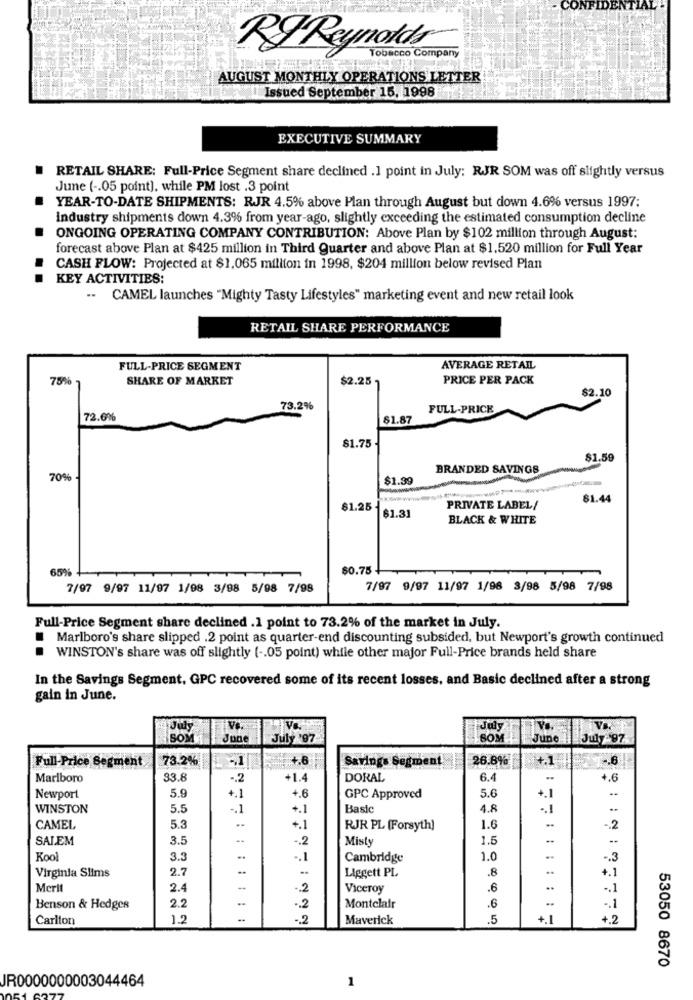
CONFIDENTIAL
RI Reynolds
Tobacco Company
AUGUST MONTHLY OPERATIONS LETTER
Issued September 15, 1998
EXECUTIVE SUMMARY
RETAIL SHARE: Full-Price Segment share declined .1 point in July; RJR SOM was off slightly versus
June ( -. 05 point), while PM lost .3 point
YEAR-TO-DATE SHIPMENTS: RJR 4.5% above Plan through August but down 4.6% versus 1997:
industry shipments down 4.3% from year-ago, slightly exceeding the estimated consumption decline
ONGOING OPERATING COMPANY CONTRIBUTION: Above Plan by $102 million through August:
forecast above Plan at $425 million in Third Quarter and above Plan at $1.520 million for Full Year
CASH FLOW: Projected at $1.065 million in 1998, $204 million below revised Plan
KEY ACTIVITIES:
..
CAMEL launches "Mighty Tasty Lifestyles" marketing event and new retail look
RETAIL SHARE PERFORMANCE
FULL-PRICE SEGMENT
AVERAGE RETAIL
75%
SHARE OF MARKET
$2.25-
PRICE PER PACK
$2.10
73.2%
FULL-PRICE
72.6%
$1.87
$1.75
$1.59
BRANDED SAVINGS
70%
$1.39
61.44
$1.25
PRIVATE LABEL/
$1.31
BLACK & WHITE
65%
$0.75 -
7/97 9/97 11/97 1/98 3/98 5/98 7/98
7/97 9/97 11/97 1/98 3/98 5/98 7/98
Full-Price Segment share declined .1 point to 73.2% of the market in July.
Marlboro's share slipped .2 point as quarter-end discounting subsided, but Newport's growth continued
WINSTON's share was off slightly ( -. 05 point) while other major Full-Price brands held share
In the Savings Segment. GPC recovered some of its recent losses, and Basic declined after a strong
gain in June.
July
Ve.
SOM
June
July '97
SOM
June
Full-Price Segment
73.2%
+.6
Savings Segment
26.8%
-. 6
Marlboro
33.8
-. 2
+1.4
DORAL
6.4
..
+.6
5.9
5.6
Newport
+.1
+.6
GPC Approved
+.1
WINSTON
5.5
-. 1
+.1
Basic
4.8
.. 1
-2
CAMEL
5.3
+.1
RJR PL (Forsyth]
1.6
SALEM
3.5
-. 2
Misty
1.5
-.
Kool
3.3
.. 1
Cambridge
1.0
-. 3
Virginia Slims
2.7
.8
..
+.1
Liggett PL
Merit
2.4
-. 2
Viceroy
.6
..
.6
Benson & Hedges
2.2
.. 2
Montclair
Carlton
1.2
-. 2
Maverick
.5
+.1
+2
53050 8670
JR0000000003044464